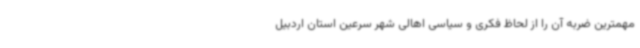
مهمترین ضربه آن را از لحاظ فکری و سیاسی اهالی شهر سرعین استان اردبیل